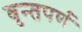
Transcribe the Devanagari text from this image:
वृन्तपर्ण